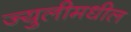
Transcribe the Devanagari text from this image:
ज्युलीमधील